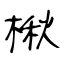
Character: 楸